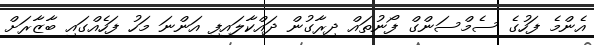
އެންމެ ފަހުގެ ސެމްސަންގް ފޯނުތައް ދިރާގުން ދައްކާލައިފި އަންނަ މަހު ފަހެއްގައި ބާޒާރަށް